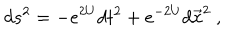
d s ^ { 2 } = - e ^ { 2 U } d t ^ { 2 } + e ^ { - 2 U } d \vec { x } ^ { 2 } \ ,